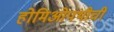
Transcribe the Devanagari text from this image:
होमिओपथीची